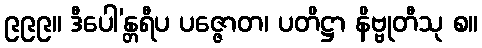
၉၉၉။ ဒီပေါ’န္တရီပ ပဇ္ဇောတ၊ ပတိဋ္ဌာ နိဗ္ဗုတီသု စ။